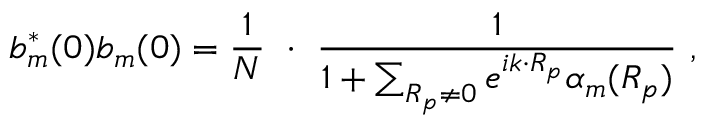
b _ { m } ^ { * } ( 0 ) b _ { m } ( 0 ) = { \frac { 1 } { N } } \ \cdot \ { \frac { 1 } { 1 + \sum _ { \boldsymbol { R _ { p } \neq 0 } } e ^ { i { \boldsymbol { k \cdot R _ { p } } } } \alpha _ { m } ( { \boldsymbol { R _ { p } } } ) } } \ ,